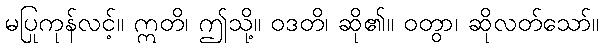
မပြုကုန်လင့်။ ဣတိ၊ ဤသို့။ ဝဒတိ၊ ဆို၏။ ဝတွာ၊ ဆိုလတ်သော်။